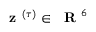
\textbf { z } ^ { ( \tau ) } \in { \mathrm { ~ \bf ~ R ~ } } ^ { 6 }